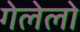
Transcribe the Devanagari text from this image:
गेलेलो